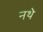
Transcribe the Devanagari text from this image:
नथे